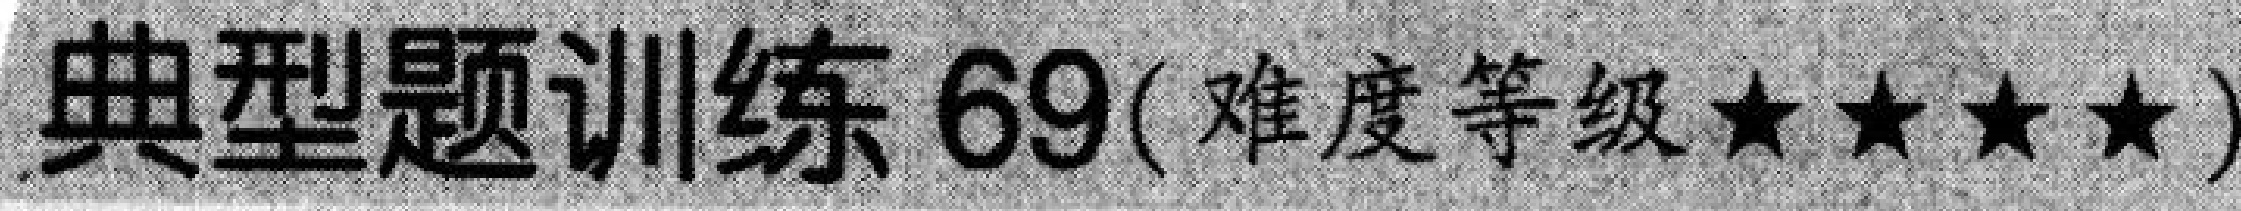
典型题训练 69(难度等级★★★★)